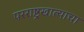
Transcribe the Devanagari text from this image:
परराष्ट्रखात्याचा